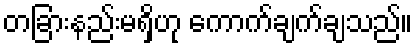
တခြားနည်းမရှိဟု ကောက်ချက်ချသည်။